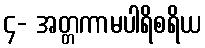
၄- အတ္တကာမပါရိစရိယ